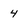
Character: 4